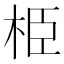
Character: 栕